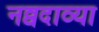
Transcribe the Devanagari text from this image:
नव्वदाव्या